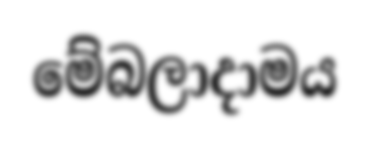
මේබලාදාමය